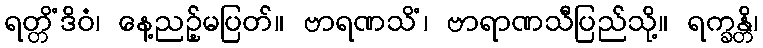
ရတ္တိံဒိဝံ၊ နေ့ညဉ့်မပြတ်။ ဗာရဏသိံ၊ ဗာရာဏသီပြည်သို့။ ရက္ခန္တိ၊